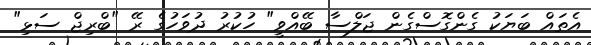
އެތައް ބަޔަކު ގެންގޮސްގެން ޖަލްސާ ބޭއްވީ" ހުކުރު ދުވަހުގެ ރޭ "ބްރިޖް ސަޅި"